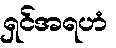
ရှင်အရဟံ